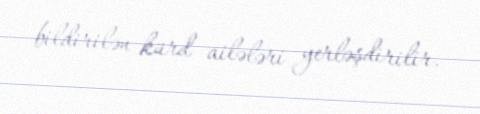
bildirilən kürd ailələri yerləşdirilir.